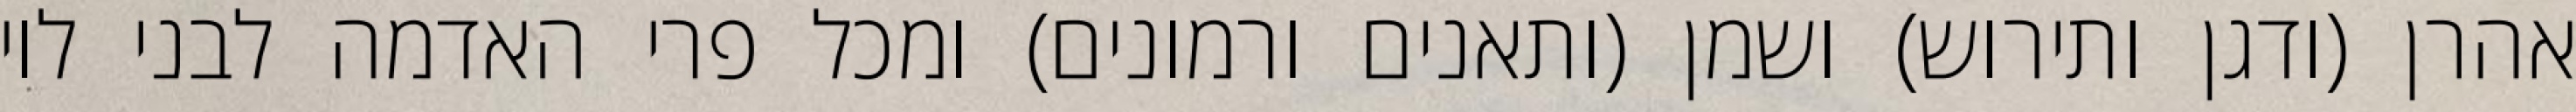
אהרן (ודגן ותירוש) ושמן (ותאנים ורמונים) ומכל פרי האדמה לבני לוי